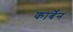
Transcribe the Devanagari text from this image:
कार्बेन